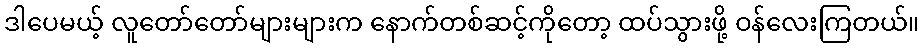
ဒါပေမယ့် လူတော်တော်များများက နောက်တစ်ဆင့်ကိုတော့ ထပ်သွားဖို့ ဝန်လေးကြတယ်။